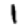
Digit: 1